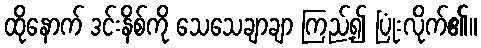
ထိုနောက် ဒင်းနိစ်ကို သေသေချာချာ ကြည့်၍ ပြုံးလိုက်၏။